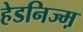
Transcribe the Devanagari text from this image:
हेडनिज्म़